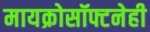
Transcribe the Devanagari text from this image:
मायक्रोसॉफ्टनेही